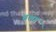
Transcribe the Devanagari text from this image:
वशग